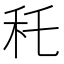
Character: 秅